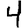
Digit: 4